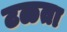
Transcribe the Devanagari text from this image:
टळता